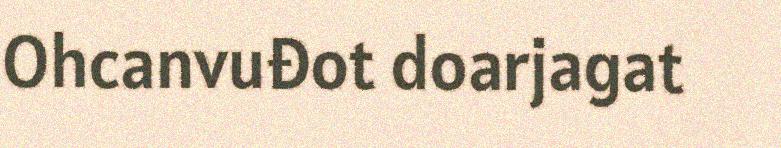
Ohcanvuđot doarjagat